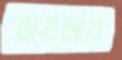
চামড়াও